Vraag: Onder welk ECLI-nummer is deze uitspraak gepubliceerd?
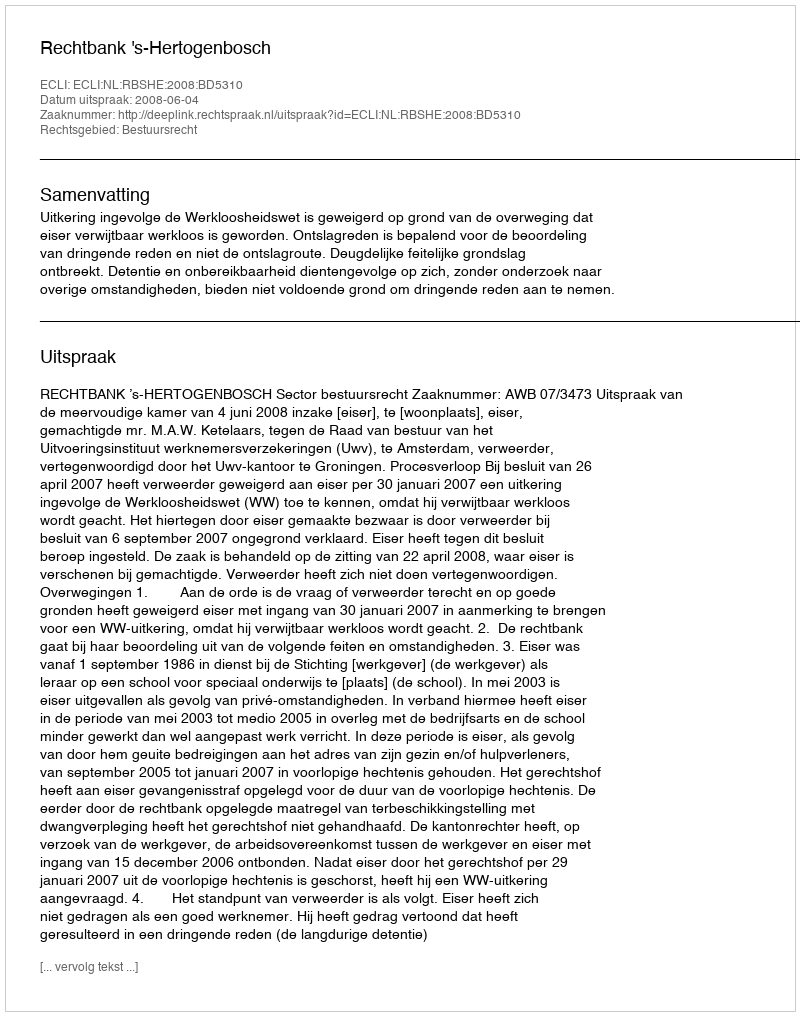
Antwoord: ECLI:NL:RBSHE:2008:BD5310